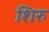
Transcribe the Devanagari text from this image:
शिरु